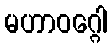
မဟာဝဂ္ဂေါ